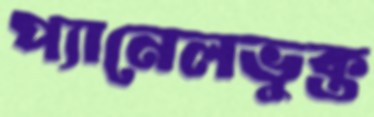
প্যানেলভুক্ত